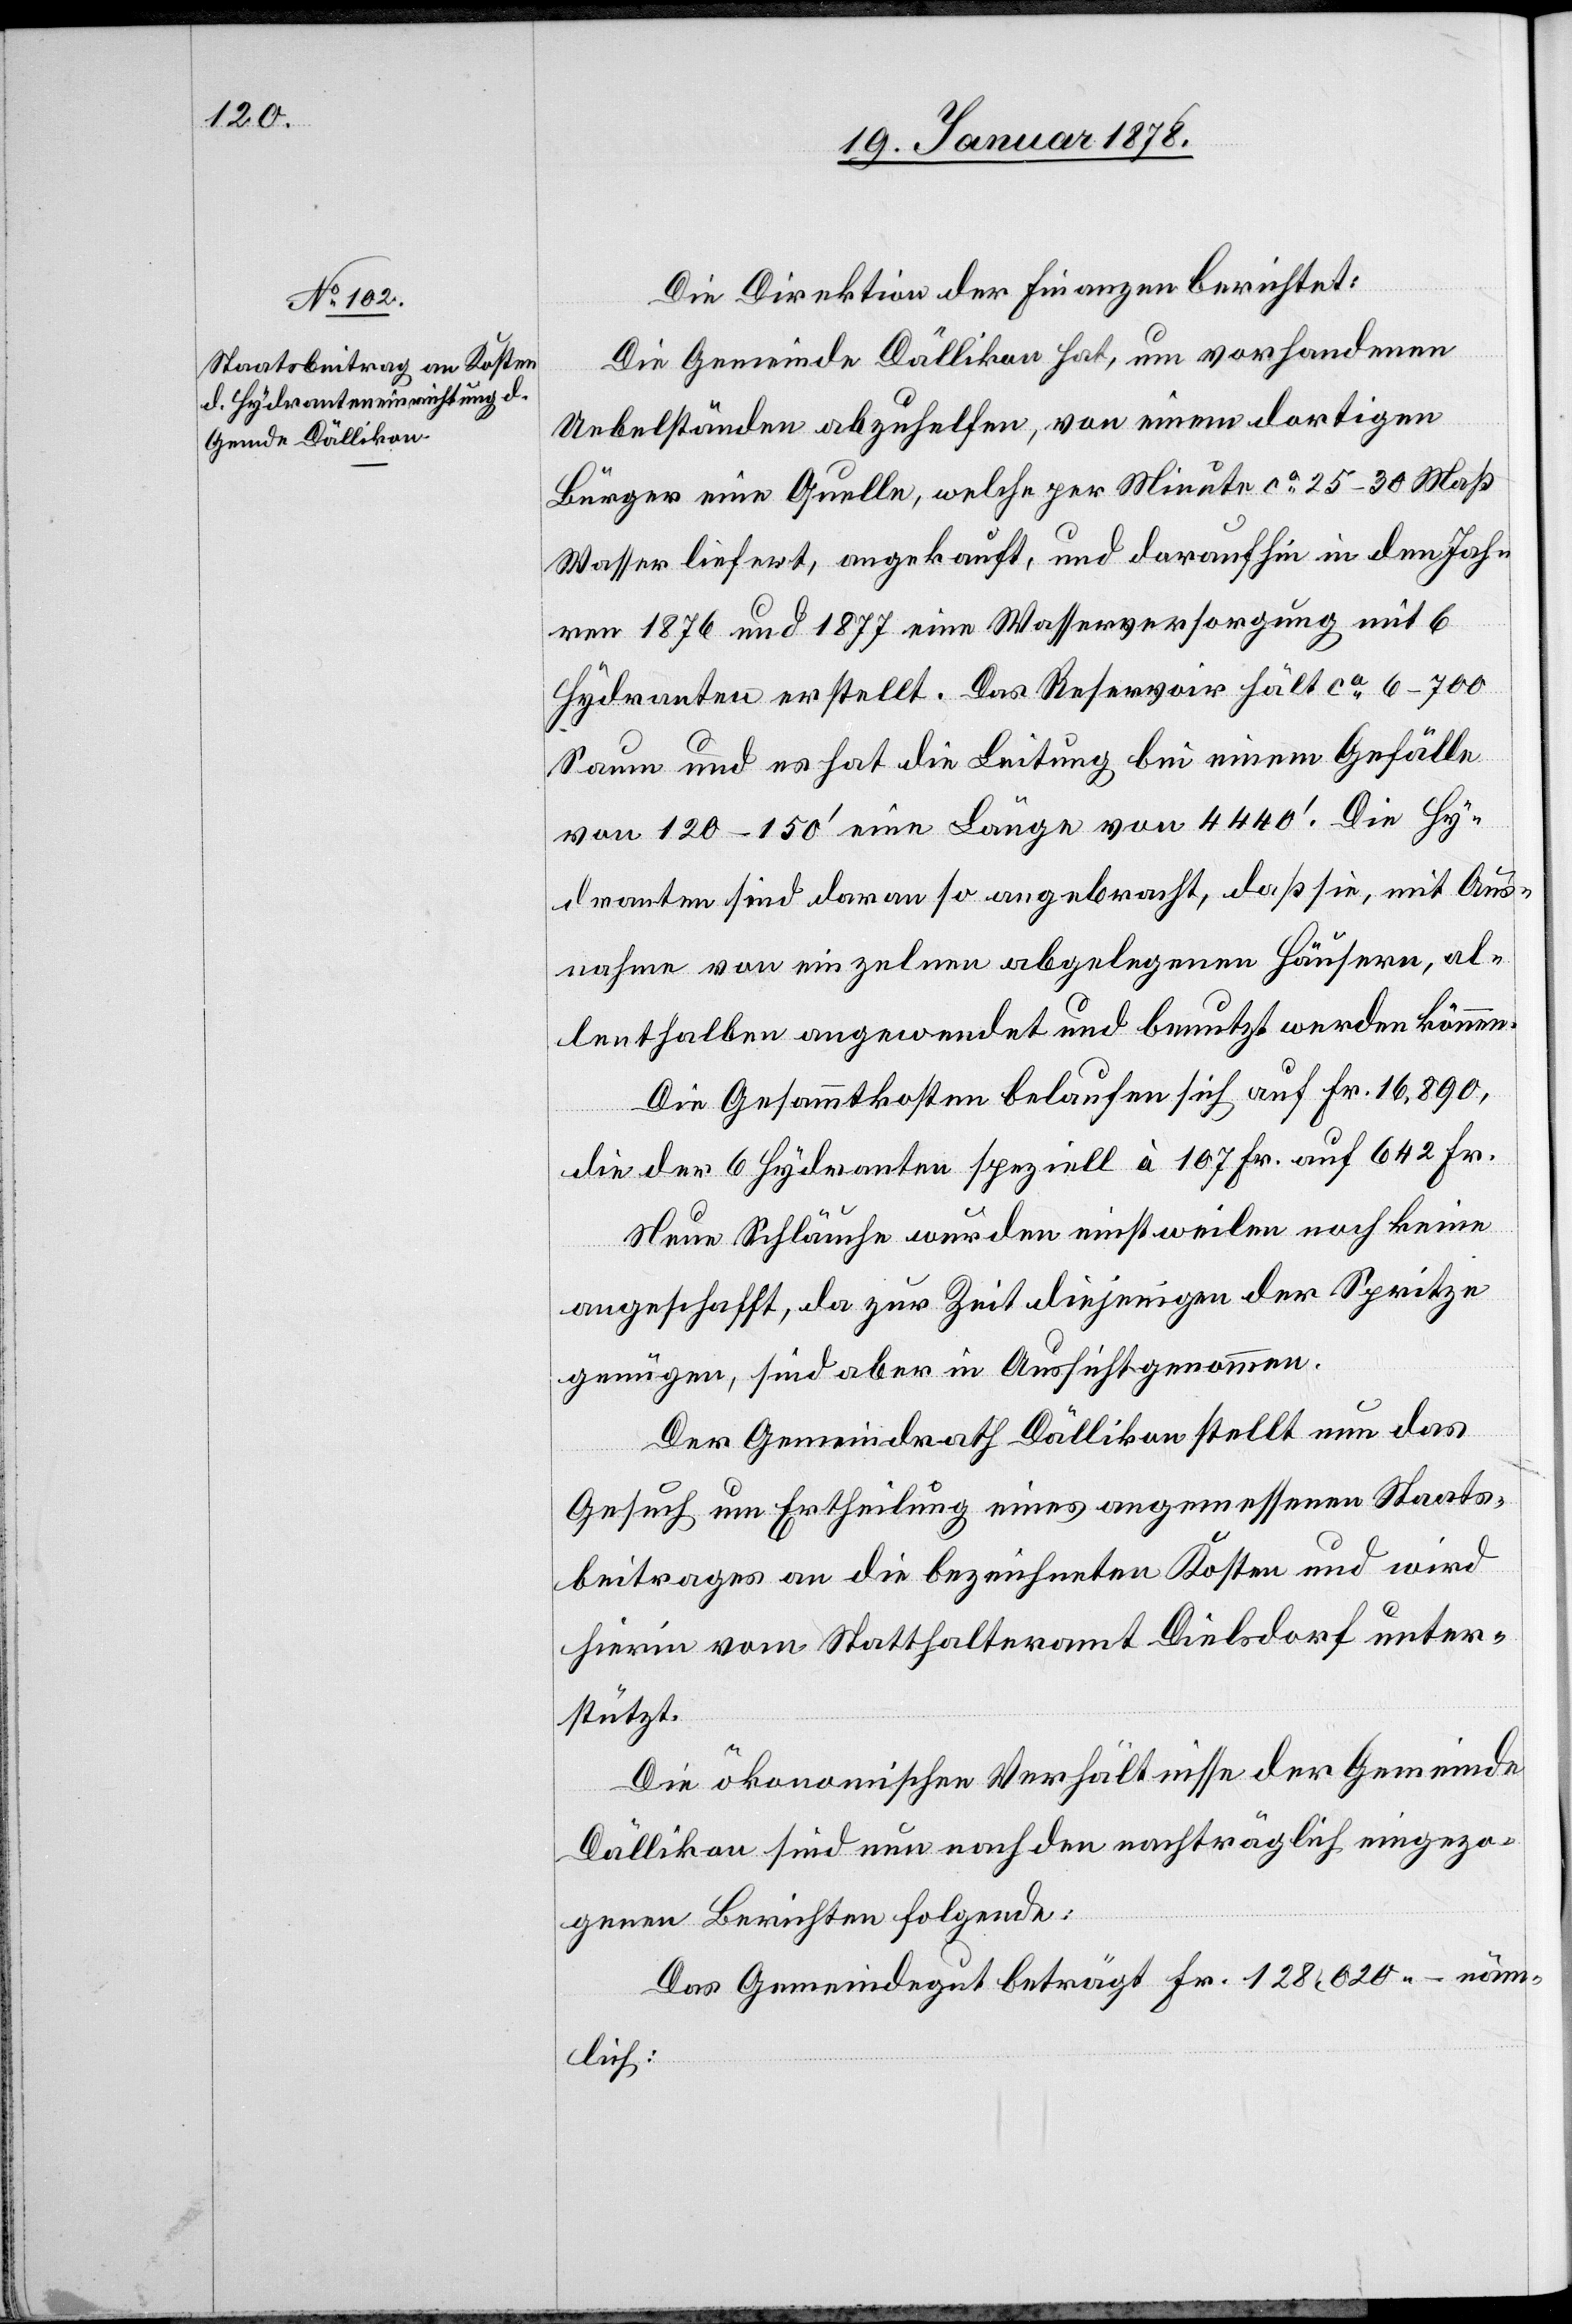
Die Direktion der Finanzen berichtet:
Die Gemeinde Dällikon hat, um vorhandenen
Uebelständen abzuhelfen, von einem dortigen
Bürger eine Quelle, welche per Minute ca 25–30 Maß
Wasser liefert, angekauft, und daraufhin in den Jah¬
ren 1876 und 1877 eine Wasserversorgung mit 6
Hydranten erstellt. Das Reservoir hält ca 6–700
Saum und es hat die Leitung bei einem Gefälle
von 120–150’ eine Länge von 4440’. Die Hy¬
dranten sind daran so angebracht, daß sie, mit Aus¬
nahme von einzelnen abgelegenen Häusern, al¬
lenthalben angewendet und benutzt werden können.
Die Gesammtkosten belaufen sich auf Fr. 16,890,
die der 6 Hydranten speziell à 107 Fr. auf 642 Fr.
Neue Schläuche wurden einstweilen noch keine
angeschafft, da zur Zeit diejenigen der Spritze
genügen, sind aber in Aussicht genommen.
Der Gemeindrath Dällikon stellt nun das
Gesuch um Ertheilung eines angemessenen Staats¬
beitrages an die bezeichneten Kosten und wird
hierin vom Statthalteramt Dielsdorf unter¬
stützt.
Die ökonomischen Verhältnisse der Gemeinde
Dällikon sind nun nach den nachträglich eingezo¬
genen Berichten folgende:
Das Gemeindegut beträgt Fr. 128. 020.– näm¬
lich: